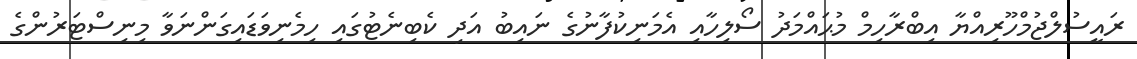
ރައީސުލްޖުމްހޫރިއްޔާ އިބްރާހިމް މުޙައްމަދު ސޯލިހާއި އެމަނިކުފާނުގެ ނައިބު އަދި ކެބިނެޓުގައި ހިމެނިވަޑައިގަންނަވާ މިނިސްޓަރުންގެ